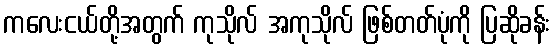
ကလေးငယ်တို့အတွက် ကုသိုလ် အကုသိုလ် ဖြစ်တတ်ပုံကို ပြဆိုခန်း